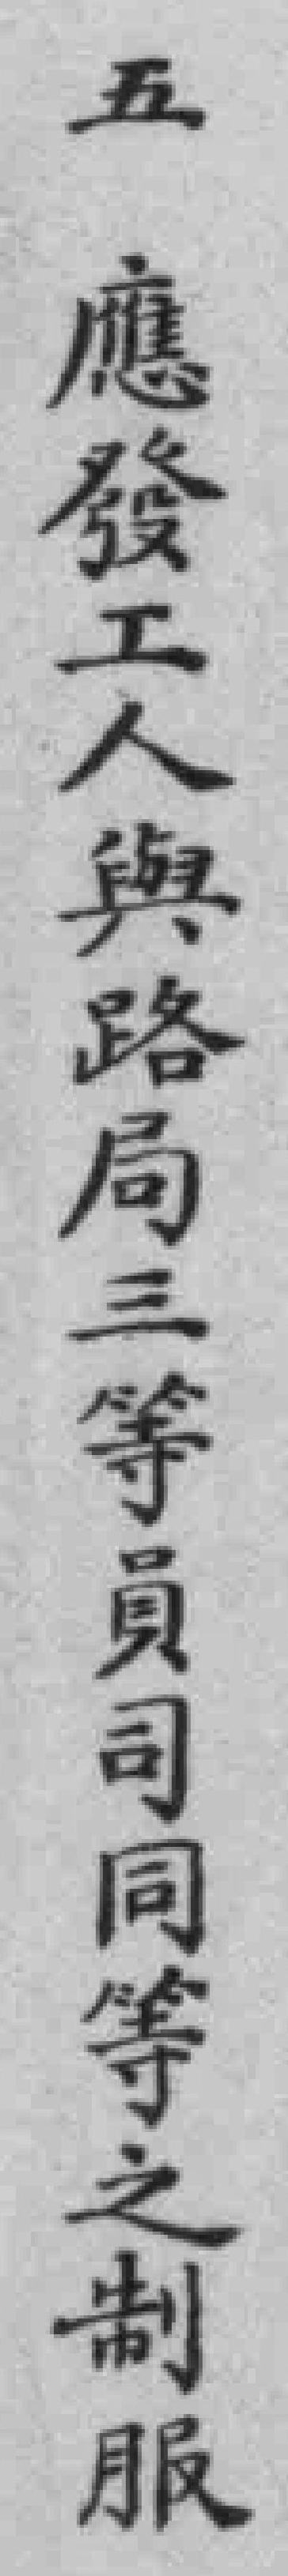
五應發工人與路局三等員司同等之制服